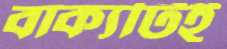
বাক্যটিই